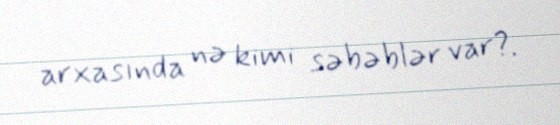
arxasında nə kimi səbəblər var?.